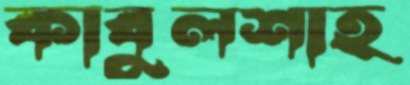
কাবুলশাহ